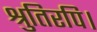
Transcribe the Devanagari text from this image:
श्रुतिरपि।